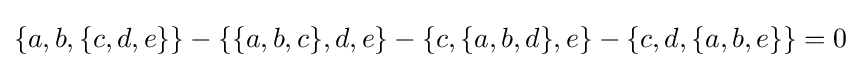
\{a,b,\{c,d,e\}\}-\{\{a,b,c\},d,e\}-\{c,\{a,b,d\},e\}-\{c,d,\{a,b,e\}\}=0